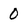
Character: 0